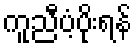
ကူညီပံ့ပိုးရန်